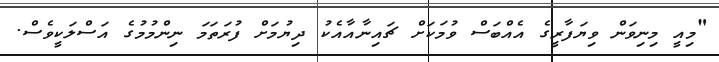
"މިއީ މިނިވަން ވިޔަފާރީގެ އެއްބަސް ވުމަކަށް ޗައިނާއާއެކު ދިޔުމަށް ފުރަތަމަ ނިންމުމުގެ އަސްލަކީވެސް.